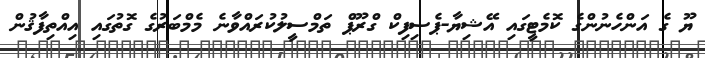
ޔޫ ގެ އަންހެނުންގެ ކޮމެޓީގައި އޭޝިޔާ-ޕެސިފިކް ގްރޫޕް ތަމްސީލުކުރައްވާނެ މެމްބަރުގެ ގޮތުގައި އިއްތިފާޤުން